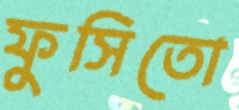
ফুসিতো